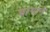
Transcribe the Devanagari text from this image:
चांगाने